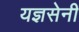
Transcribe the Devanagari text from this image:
यज्ञसेनी